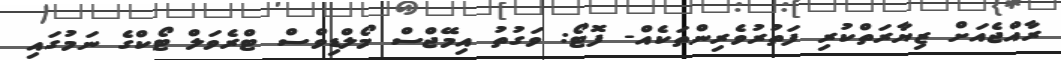
ރާއްޖެއަށް ޒިޔާރަތްކުރި ފަތުރުވެރިންތަކެއް- ފޮޓޯ: ވަގުތު އިމޭޖްސް މޯލްޑިވްސް ޓްރެވަލް ޓޯކްގެ ނަމުގައި